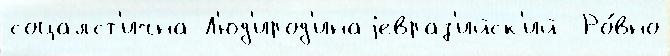
соцалст'ична Л'юд'ирод'инаjевраз'ийск'ий  Ро́вно